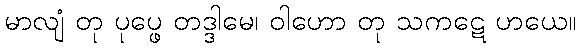
မာလျံ တု ပုပ္ဖေ တဒ္ဒါမေ၊ ဝါဟော တု သကဋေ ဟယေ။